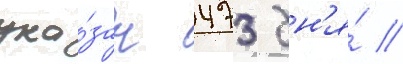
ука́зан 473 дн'я́ //